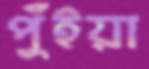
পুঁইয়া